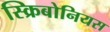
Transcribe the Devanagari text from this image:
स्क्रिबोनियस